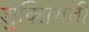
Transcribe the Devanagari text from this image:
शुक्तिगती